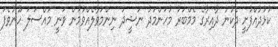
ކުޅުދުއްފުށީ ދެކުނު ދާއިރާގެ މެމްބަރު މުހަންމަދު ނަޝީދު ނިންމަވާލެއްވުމުން ވަނީ މައްސަލަ ހޫނުވެފަ